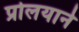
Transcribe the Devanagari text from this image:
प्रोलयाने